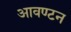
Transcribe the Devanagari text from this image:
आवण्टन